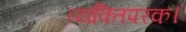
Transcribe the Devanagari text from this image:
व्यक्तिपरक।